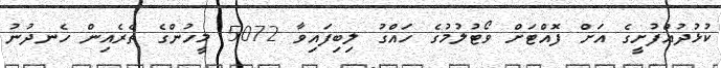
ކުޅުދުއްފުށީގެ އަށް ފޮއްޓަށް ވޯޓުލުމުގެ ހައްގު ލިބިފައިވާ 5072 މީހުންގެ ތެރެއިން ހެނދުނު